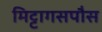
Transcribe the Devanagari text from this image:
मिट्टागसपौस